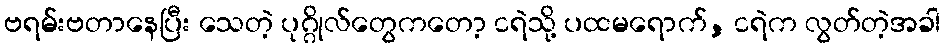
ဗရမ်းဗတာနေပြီး သေတဲ့ ပုဂ္ဂိုလ်တွေကတော့ ငရဲသို့ ပထမရောက်, ငရဲက လွတ်တဲ့အခါ